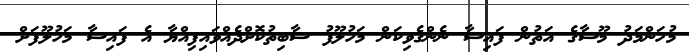
މުހަންމަދު މޫސާގެ އަތުން ފައިސާ ނެންގެވިކަން މަހުލޫފު ސާބިތުކޮށްދެއްވައިފިއްޔާ އެ ފައިސާ މަހުލޫފަށް